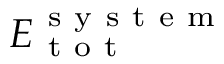
E _ { \mathrm { ~ t ~ o ~ t ~ } } ^ { \mathrm { ~ s ~ y ~ s ~ t ~ e ~ m ~ } }